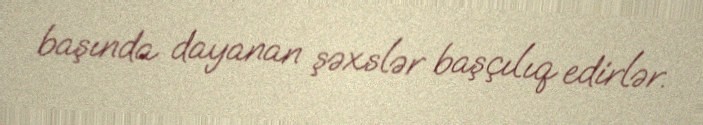
başında dayanan şəxslər başçılıq edirlər.